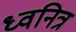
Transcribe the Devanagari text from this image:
ध्वनित्र